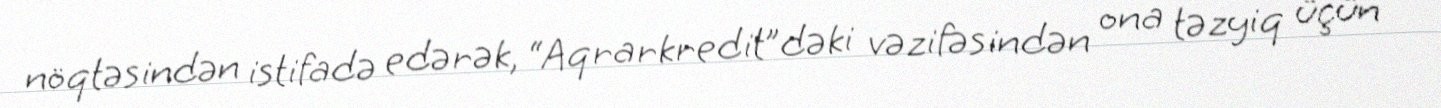
nöqtəsindən istifadə edərək, “Aqrarkredit”dəki vəzifəsindən ona təzyiq üçün